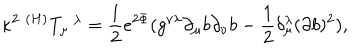
LaTeX: { \kappa } ^ { 2 } \; ^ { ( H ) } T _ { \mu } ^ { \; \; \lambda } = \frac 1 2 e ^ { 2 \Phi } ( g ^ { \nu \lambda } \partial _ { \mu } b \partial _ { \nu } b - \frac 1 2 \delta _ { \mu } ^ { \lambda } ( \partial b ) ^ { 2 } ) ,